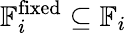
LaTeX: \mathbb{F}_{i}^{\mathrm{fixed}}\subseteq\mathbb{F}_{i}